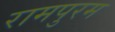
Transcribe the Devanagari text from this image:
रामपुरम